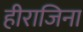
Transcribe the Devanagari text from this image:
हीराजिना